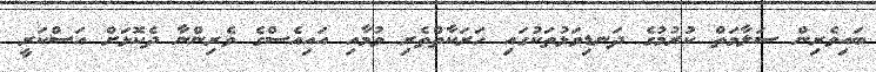
ބައިވެރިން ސަލާމަތް ކުރުމުގެ ދަނޑިވަޅުތަކުގައި ހަރަކާތްތެރި ވުމާއި އައިއެސްގެ ވެރިންނާ ދެކޮޅަށް އަސްކަރީ